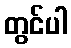
တွင်ပါ